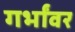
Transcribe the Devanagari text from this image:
गर्भांवर